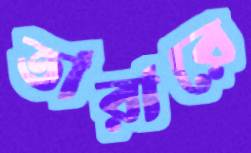
তারারে